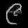
Digit: ၉